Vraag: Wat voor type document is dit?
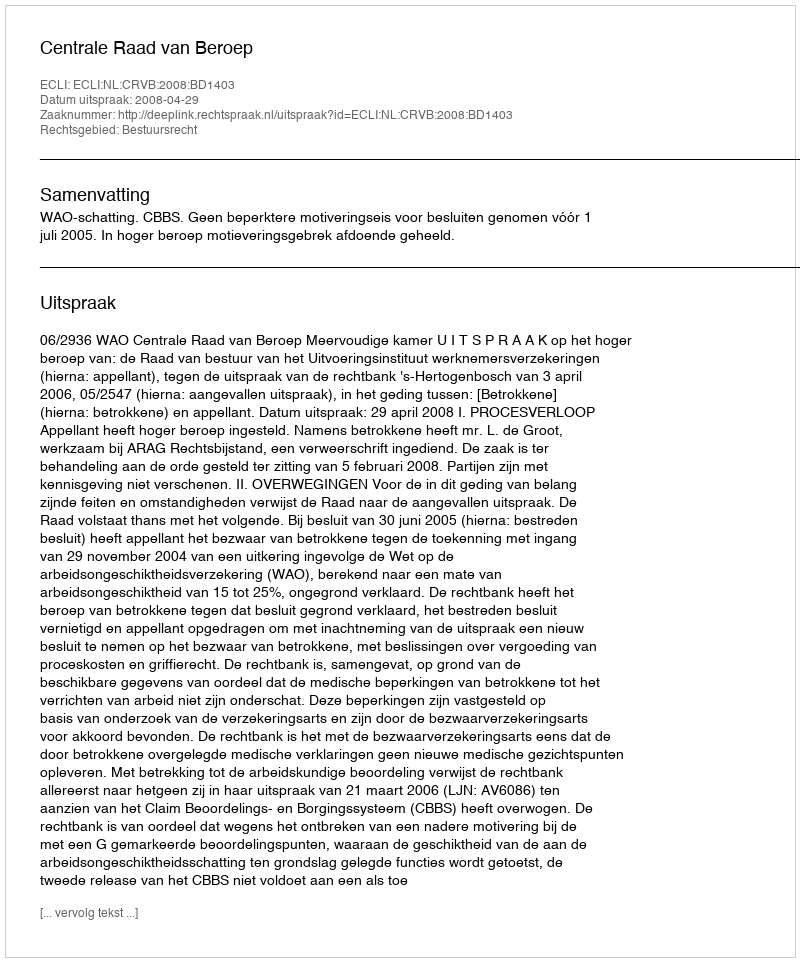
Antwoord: Uitspraak